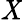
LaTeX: \mathit{X}